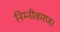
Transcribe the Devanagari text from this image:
निम्नीकरण।